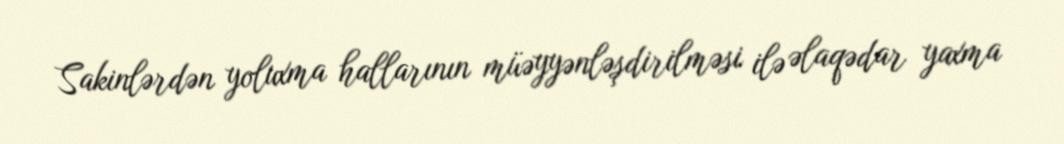
Sakinlərdən yoluxma hallarının müəyyənləşdirilməsi ilə əlaqədar yaxma